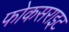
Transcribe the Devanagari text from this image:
फोकसराइट